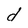
Character: d